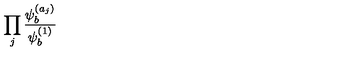
\prod _ { j } { \frac { \psi _ { b } ^ { ( a _ { j } ) } } { \psi _ { b } ^ { ( 1 ) } } }